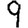
Digit: 9